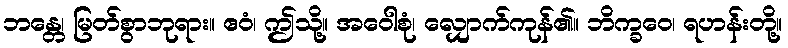
ဘန္တေ၊ မြတ်စွာဘုရား။ ဧဝံ၊ ဤသို့။ အဝေါစုံ၊ လျှောက်ကုန်၏။ ဘိက္ခဝေ၊ ရဟန်းတို့။